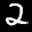
Label: 2